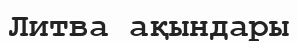
Литва ақындары